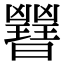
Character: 𣌇